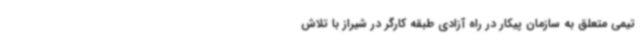
تیمی متعلق به سازمان پیکار در راه آزادی طبقه کارگر در شیراز با تلاش